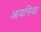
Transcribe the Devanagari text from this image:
आयनिया